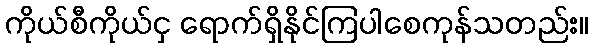
ကိုယ်စီကိုယ်ငှ ရောက်ရှိနိုင်ကြပါစေကုန်သတည်း။